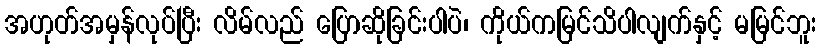
အဟုတ်အမှန်လုပ်ပြီး လိမ်လည် ပြောဆိုခြင်းပါပဲ၊ ကိုယ်ကမြင်သိပါလျက်နှင့် မမြင်ဘူး